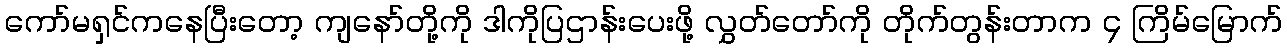
ကော်မရှင်ကနေပြီးတော့ ကျနော်တို့ကို ဒါကိုပြဌာန်းပေးဖို့ လွှတ်တော်ကို တိုက်တွန်းတာက ၄ ကြိမ်မြောက်